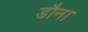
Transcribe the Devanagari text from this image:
डौना